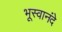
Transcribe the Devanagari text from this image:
भूस्वानंदे